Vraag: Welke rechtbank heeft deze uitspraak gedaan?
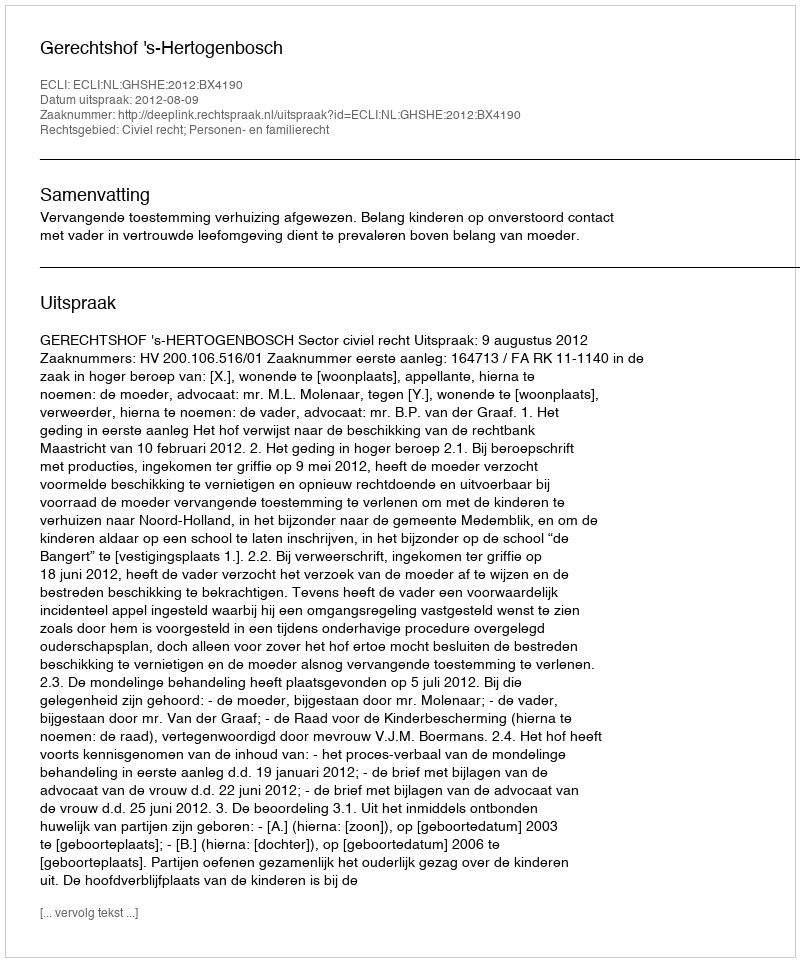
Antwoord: Gerechtshof 's-Hertogenbosch